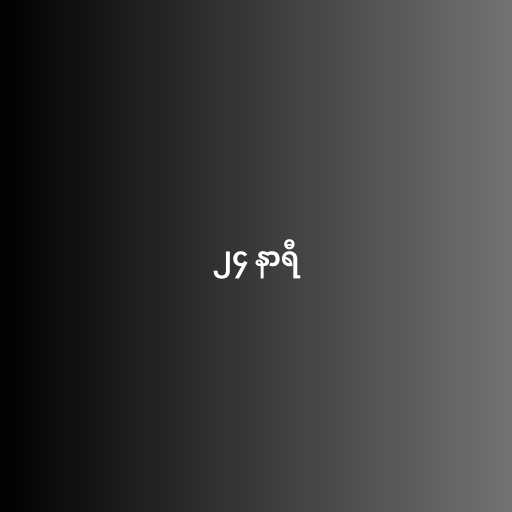
၂၄ နာရီ